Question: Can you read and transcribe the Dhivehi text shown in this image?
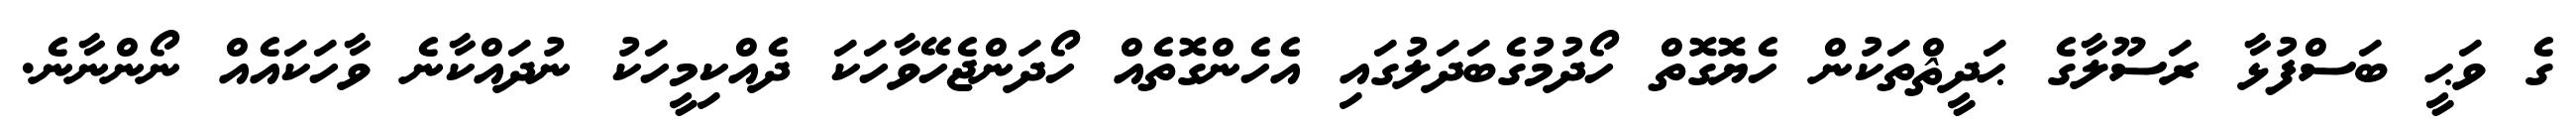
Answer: ގެ ވަޙީ ބަސްފުޅާ ރަސޫލާގެ ޙަދީޘްތަކުން ހެޔޮގޮތް ހޯދުމުގެބަދަލުގައި އެހެންގޮތެއް ހޯދަންޖެހޭވާހަކަ ދެއްކިމީހަކު ނުދައްކާނެ ވާހަކައެއް ނޯންނާނެ.